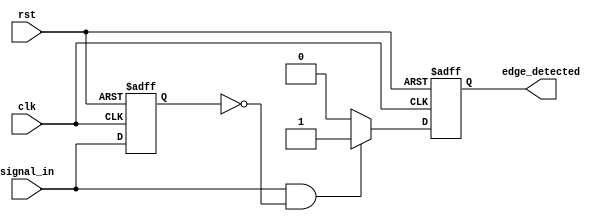
module rising_edge_detector (
    input wire clk,               // Clock signal
    input wire signal_in,         // Input signal to detect rising edge
    input wire rst,               // Asynchronous reset signal
    output reg edge_detected      // Output indicating rising edge detection
);

    reg prev_signal;              // Register to hold the previous state of signal_in

    // Sequential logic for edge detection
    always @(posedge clk or posedge rst) begin
        if (rst) begin
            prev_signal <= 0;      // Initialize previous signal and edge_detected on reset
            edge_detected <= 0;
        end else begin
            // Edge detection logic
            if (signal_in && !prev_signal) begin
                edge_detected <= 1; // Rising edge detected
            end else begin
                edge_detected <= 0; // No rising edge
            end
            prev_signal <= signal_in; // Update previous signal state
        end
    end

endmodule